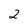
Character: 2